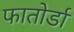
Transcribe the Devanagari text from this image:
फातोर्डा